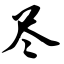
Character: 尽